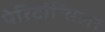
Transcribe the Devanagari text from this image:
पेरिटॉन्सिलर